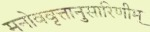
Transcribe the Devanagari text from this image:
मनोववृत्तानुसारिणीम्